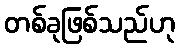
တစ်ခုဖြစ်သည်ဟု